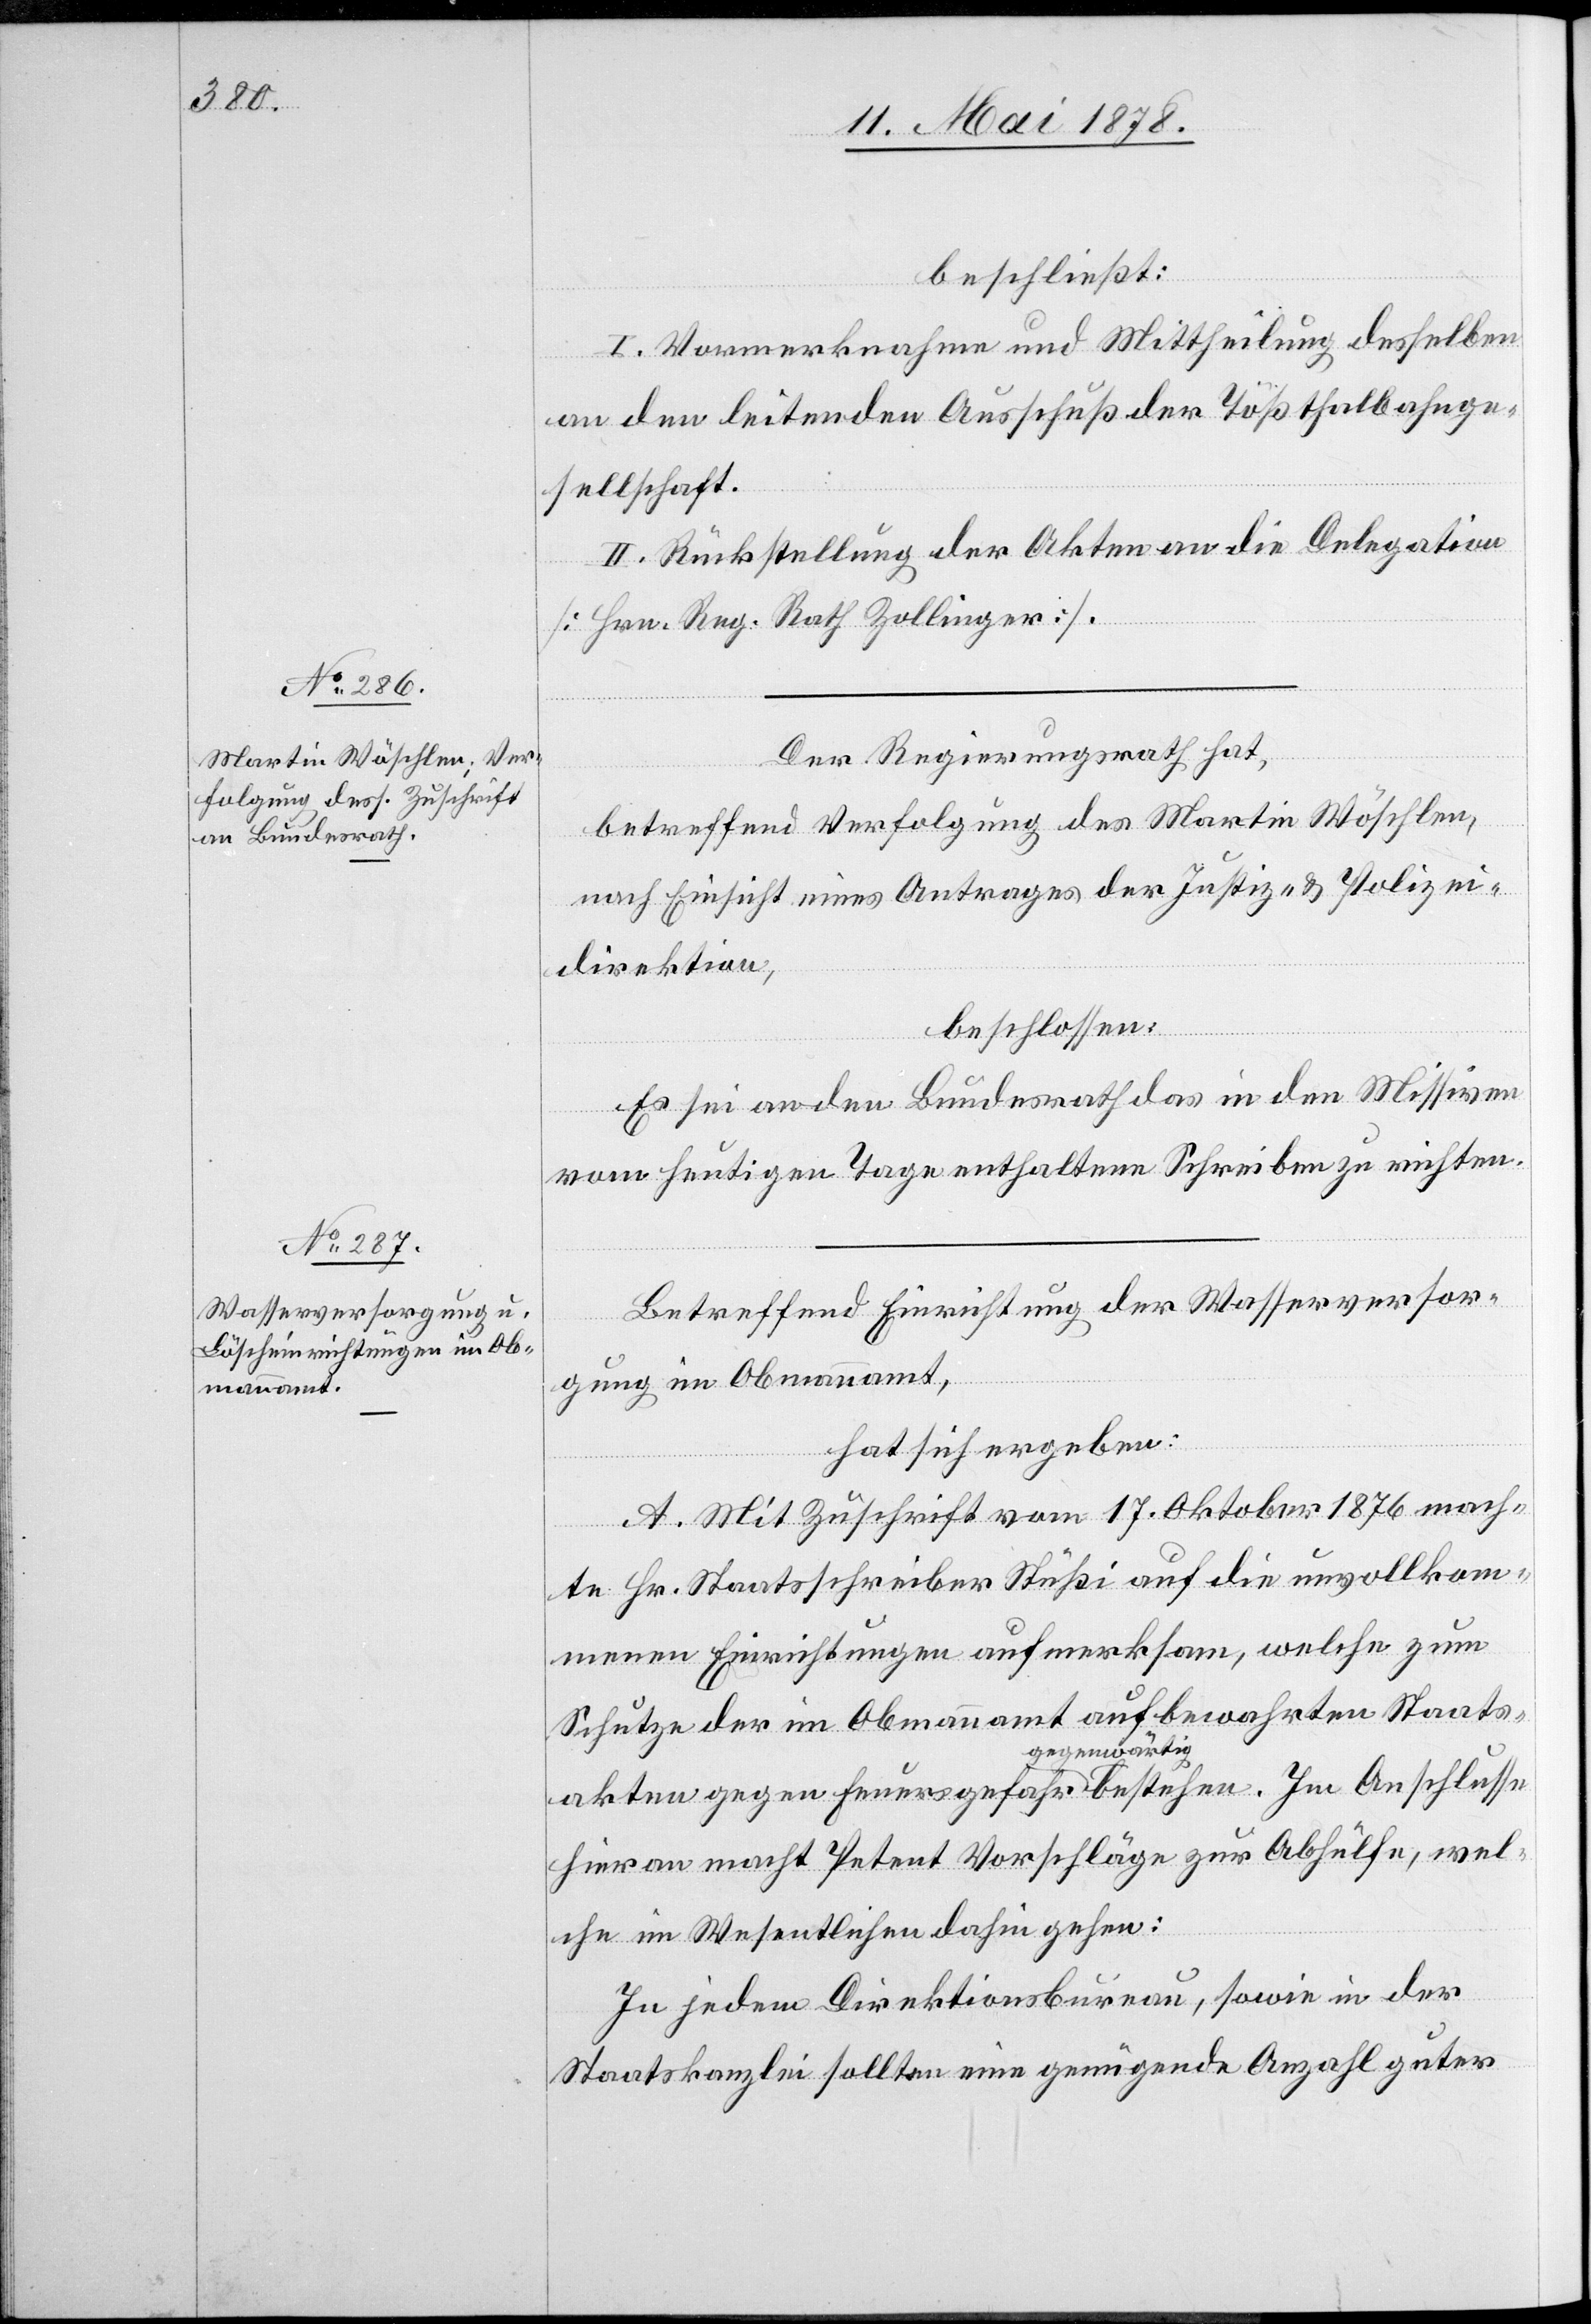
beschließt:
I. Vormerknahme und Mittheilung desselben
an den leitenden Ausschuß der Tößthalbahnge¬
sellschaft.
II. Rückstellung der Akten an die Delegation
[Hrn. Reg. Rath Zollinger].
Der Regierungsrath hat,
betreffend Verfolgung des Martin Wöschlen,
nach Einsicht eines Antrages der Justiz- & Polizei¬
direktion,
beschlossen:
Es sei an den Bundesrath das in den Missiven
vom heutigen Tage enthaltene Schreiben zu richten.
Betreffend Einrichtung der Wasserversor¬
gung im Obmannamt,
hat sich ergeben:
A. Mit Zuschrift vom 17. Oktober 1876 mach¬
te Hr. Staatsschreiber Stüßi auf die unvollko¬
menen Einrichtungen aufmerksam, welche zum
Schutze der im Obmannamt aufbewahrten Staats¬
akten gegen Feuergefahr gegenwärtig bestehen. Im Anschlusse
hieran macht Petent Vorschläge zur Abhülfe, wel¬
che im Wesentlichen dahin gehen:
In jedem Direktionsbureau, sowie in der
Staatskanzlei sollte eine genügende Anzahl guter